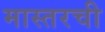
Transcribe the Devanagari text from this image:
मास्तरची